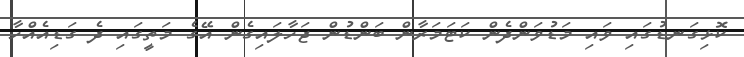
ކޮޅިގަނޑުގައި ވައި މަޑުވަންދެން ކަޓަމަރާން ބަންޑުން ޖަހާލައިގެން އޭގެ މަތީގައި ދެ ގަޑިއެއްހާ